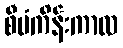
စီမံကိန်းကာလ